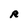
Character: R